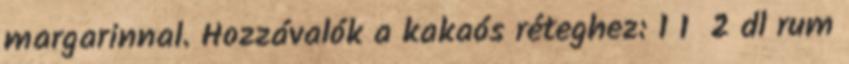
margarinnal. Hozzávalók a kakaós réteghez: 1 1 2 dl rum